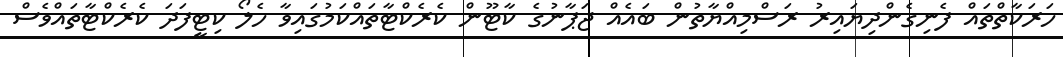
ހަރަކާތްތައް ފެނިގެންދިޔައިރު ރަސްމިއްޔާތުން ބައެއް ޖަޕާނުގެ ކާޓޫން ކެރެކްޓާތައްކަމުގައިވާ ހެލޯ ކިޓީފަދަ ކެރެކްޓާތައްވެސް